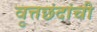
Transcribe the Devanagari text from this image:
वृत्तछंदांची